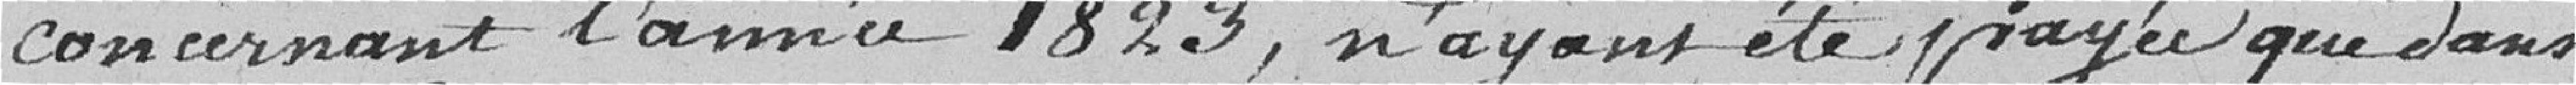
concernant l'année 1823, n'ayant été payée que dans